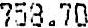
758.70